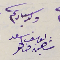
ولد سيادتكم يوسف سعد شاهين ضاهر